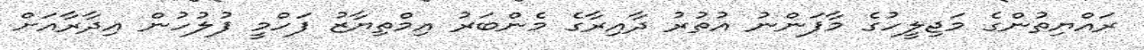
ރައްޔިތުންގެ މަޖިލީހުގެ މާފަންނު އުތުރު ދާއިރާގެ މެންބަރު އިމްތިޔާޒު ފަހްމީ ފުލުހުން އިދާރާއަށް